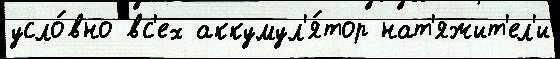
усло́вно вс'ех аккумул'я́тор нат'яжит'ел'и